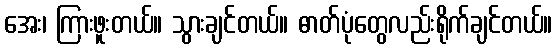
အေး၊ ကြားဖူးတယ်။ သွားချင်တယ်။ ဓာတ်ပုံတွေလည်းရိုက်ချင်တယ်။